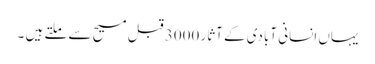
یہاں انسانی آبادی کے آثار 3000 قبل مسیح سے ملتے ہیں ۔